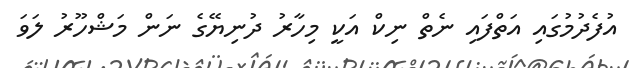
އުފެދުމުގައި އަތްފައި ނެތް ނިކް އަކީ މިހާރު ދުނިޔޭގެ ނަން މަޝްހޫރު ލަވަ